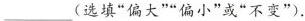
___(选填”偏大””偏小”或”不变”).